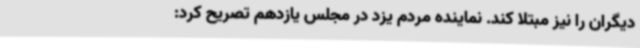
دیگران را نیز مبتلا کند. نماینده مردم یزد در مجلس یازدهم تصریح کرد: